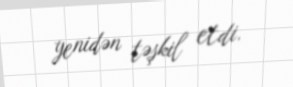
yenidən təşkil etdi.